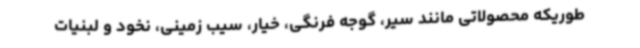
طوریکه محصولاتی مانند سیر، گوجه فرنگی، خیار، سیب زمینی، نخود و لبنیات